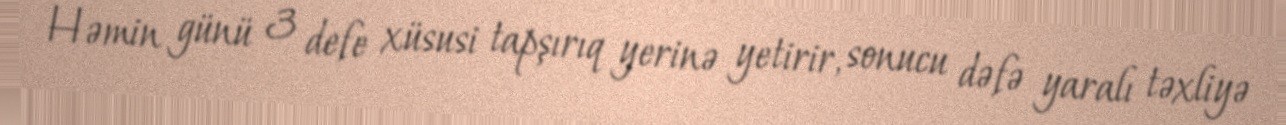
Həmin günü 3 defe xüsusi tapşırıq yerinə yetirir, sonucu dəfə yaralı təxliyə